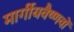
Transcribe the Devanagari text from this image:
मार्गीयवैष्णवों